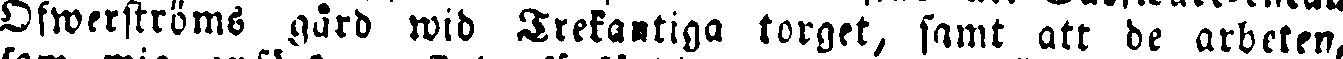
Öfwerströms gård wid Trekantiga torget, samt att de arbeten,